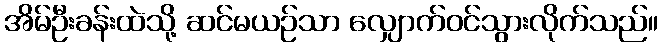
အိမ်ဦးခန်းထဲသို့ ဆင်မယဉ်သာ လျှောက်ဝင်သွားလိုက်သည်။